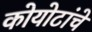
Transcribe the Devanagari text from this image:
कोयोटांचे